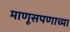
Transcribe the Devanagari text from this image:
माणूसपणाच्या